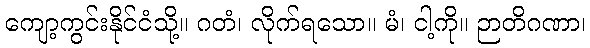
ကျော့ကွင်းနိုင်ငံသို့။ ဂတံ၊ လိုက်ရသော။ မံ၊ ငါ့ကို။ ဉာတိဂဏာ၊